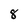
Character: 8